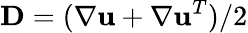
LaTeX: \mathbf{D}=(\nabla\mathbf{u}+\nabla\mathbf{u}^{T})/2